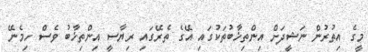
މީގެ އިތުރުން ނަޝީދަށް އިންތިޚާބުތަކުގައި އޭގެ ތެރޭގައި ރިޔާސީ އިންތިޚާބު ވެސް ހިމެނޭ